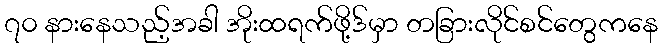
၇၀ နားနေသည့်အခါ အိုးထရက်ဖို့ဒ်မှာ တခြားလိုင်စင်တွေကနေ